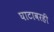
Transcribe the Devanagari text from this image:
घाटावरही